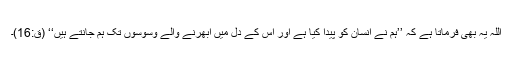
اللہ یہ بھی فرماتا ہے کہ ’’ہم نے انسان کو پیدا کیا ہے اور اس کے دل میں ابھرنے والے وسوسوں تک ہم جانتے ہیں‘‘ (ق:16)۔